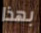
بهذا